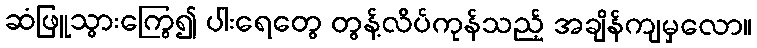
ဆံဖြူသွားကြွေ၍ ပါးရေတွေ တွန့်လိပ်ကုန်သည့် အချိန်ကျမှလော။